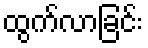
ထွက်လာခြင်း